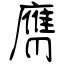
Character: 膺